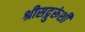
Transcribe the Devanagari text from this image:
श्रीसद्गुरूंशी